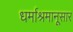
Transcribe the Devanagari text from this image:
धर्माश्रमानूसार